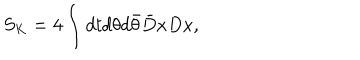
S _ { K } = 4 \int d t d \theta d \bar { \theta } \bar { D } x D x ,